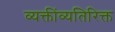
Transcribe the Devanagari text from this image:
व्यक्तींव्यतिरिक्त